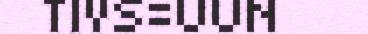
TIVS=UUN